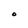
Character: O